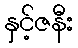
နှင့်ဇနီး